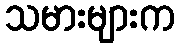
သမားများက